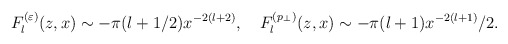
\begin{align*}F_l^{(\varepsilon )}(z,x)\sim -\pi (l+1/2)x^{-2(l+2)},\quad F_l^{(p_\perp )}(z,x)\sim -\pi (l+1)x^{-2(l+1)}/2.\end{align*}